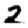
Digit: 2